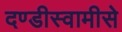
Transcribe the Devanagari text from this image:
दण्डीस्वामीसे